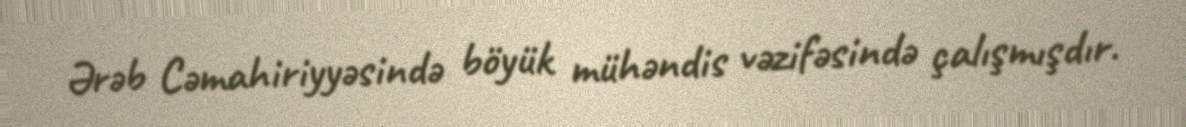
Ərəb Cəmahiriyyəsində böyük mühəndis vəzifəsində çalışmışdır.